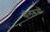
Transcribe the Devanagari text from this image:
बॉलरूमों